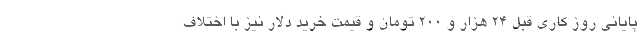
پایانی روز کاری قبل 24 هزار و 200 تومان و قیمت خرید دلار نیز با اختلاف